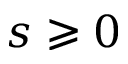
s \geqslant 0